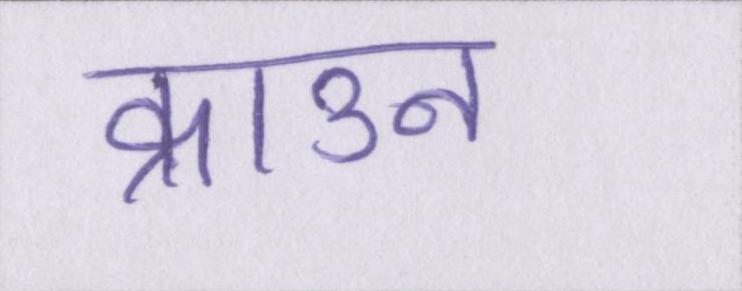
क्राउन